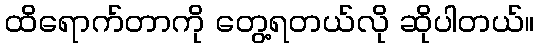
ထိရောက်တာကို တွေ့ရတယ်လို ဆိုပါတယ်။